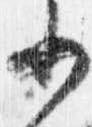
少